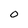
Character: 0